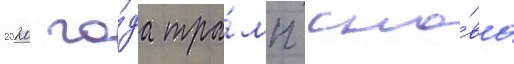
2020 го́да тра́мп сно́ва